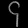
Digit: ၄